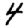
Digit: 4